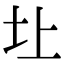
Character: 圵